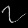
Digit: ၇